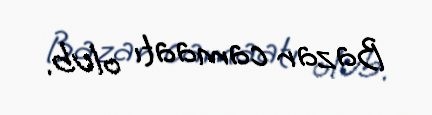
Bazar camaatı olub.